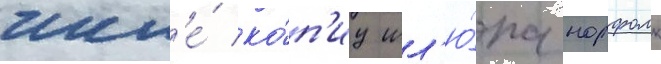
числ'е́ ко́п'иу шл'ю́па норфолк